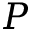
P